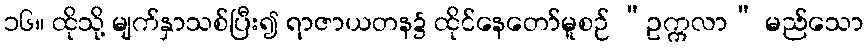
၁၆။ ထိုသို့ မျက်နှာသစ်ပြီး၍ ရာဇာယတန၌ ထိုင်နေတော်မူစဉ် “ဥက္ကလာ” မည်သော